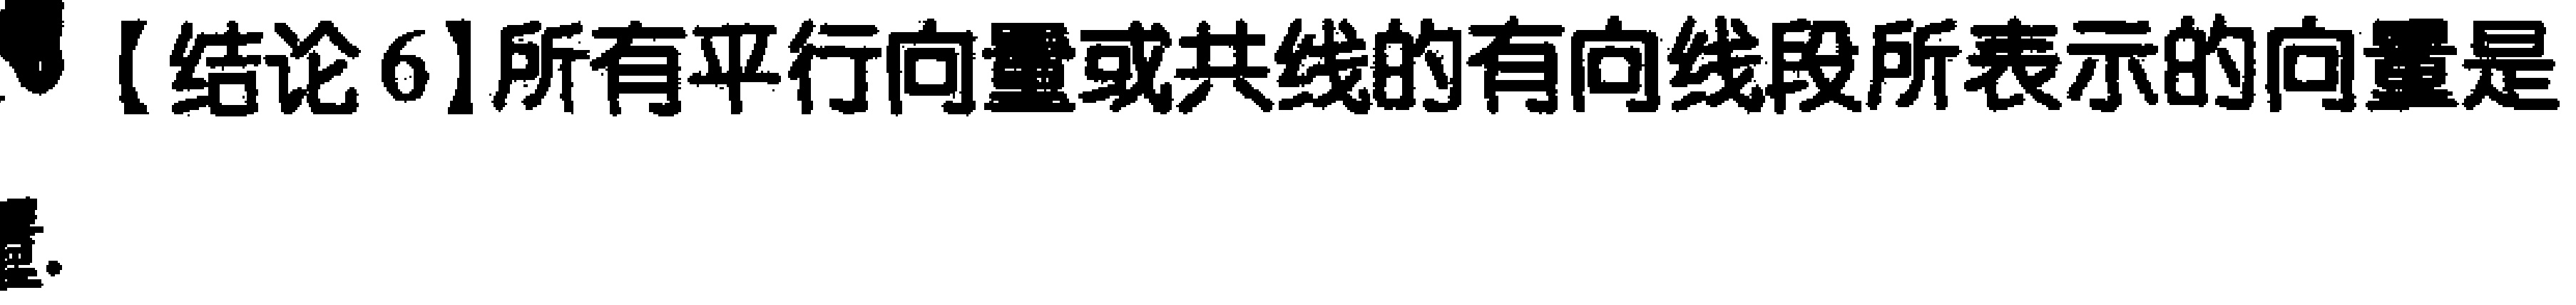
【结论6】所有平行向量或共线的有向线段所表示的向量是